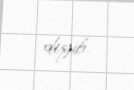
deyib.